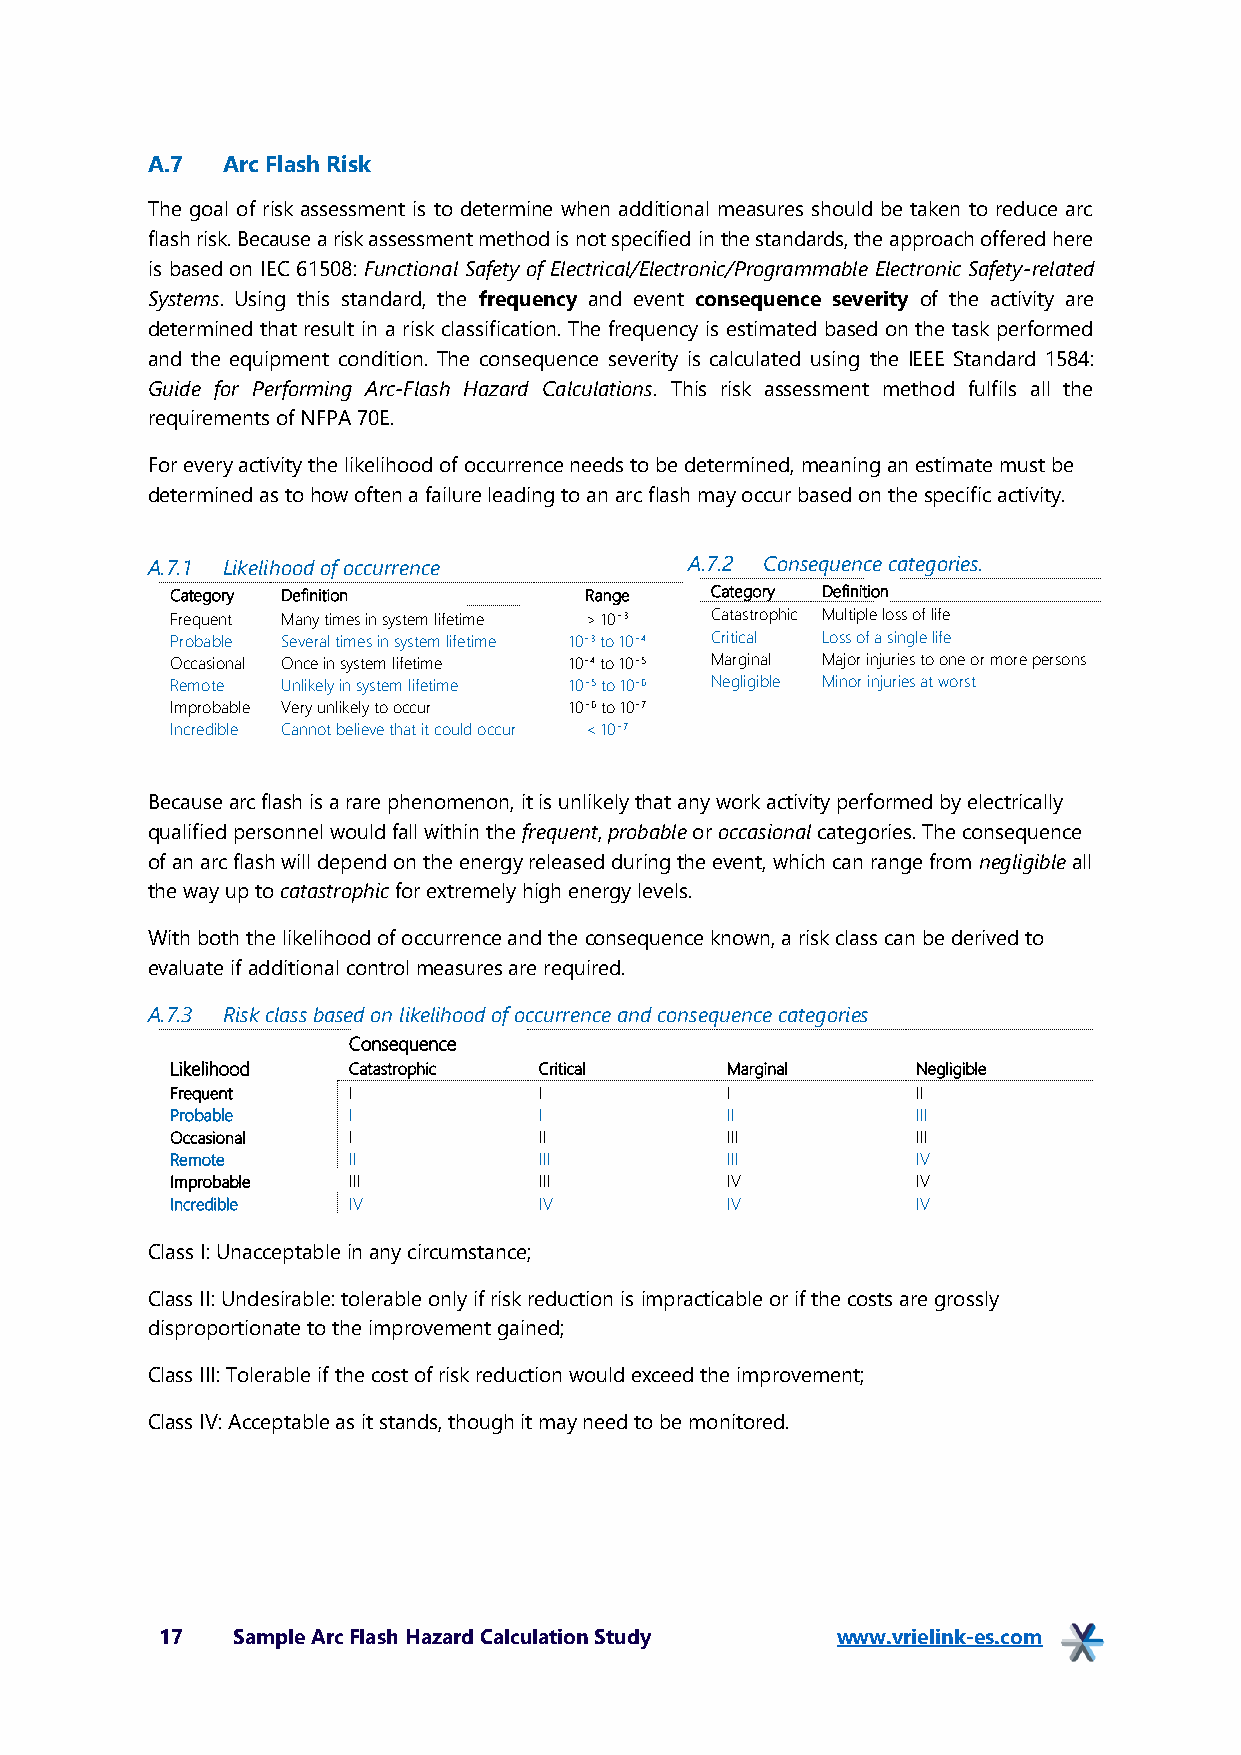
A.7  Arc Flash Risk
 The goal of risk assessment is to determine when additional measures should be taken to reduce arc
 flash risk. Because a risk assessment method is not specified in the standards, the approach offered here
 is based on IEC 61508: Functional Safety of Electrical/Electronic/Programmable Electronic Safety-related
 Systems. Using this standard, the frequency and event consequence severity of the activity are
 determined that result in a risk classification. The frequency is estimated based on the task performed
 and the equipment condition. The consequence severity is calculated using the IEEE Standard 1584:
 Guide for Performing Arc-Flash Hazard Calculations. This risk assessment method fulfils all the
 requirements of NFPA 70E.
 For every activity the likelihood of occurrence needs to be determined, meaning an estimate must be
 determined as to how often a failure leading to an arc flash may occur based on the specific activity.
 A.7.1 Likelihood of occurrence      A.7.2 Consequence categories.
 Category Definition         Range   Category Definition
 Frequent Many times in system lifetime > 10−3 Catastrophic Multiple loss of life
 Probable Several times in system lifetime 10−3 to 10−4 Critical Loss of a single life
 Occasional Once in system lifetime 10−4 to 10−5 Marginal Major injuries to one or more persons
 Remote  Unlikely in system lifetime 10−5 to 10−6 Negligible Minor injuries at worst
 Improbable Very unlikely to occur 10−6 to 10−7
 Incredible Cannot believe that it could occur < 10−7
 Because arc flash is a rare phenomenon, it is unlikely that any work activity performed by electrically
 qualified personnel would fall within the frequent, probable or occasional categories. The consequence
 of an arc flash will depend on the energy released during the event, which can range from negligible all
 the way up to catastrophic for extremely high energy levels.
 With both the likelihood of occurrence and the consequence known, a risk class can be derived to
 evaluate if additional control measures are required.
 A.7.3 Risk class based on likelihood of occurrence and consequence categories
 Consequence
 Likelihood  Catastrophic Critical    Marginal     Negligible
 Frequent    I            I           I            II
 Probable    I            I           II           III
 Occasional  I            II          III          III
 Remote      II           III         III          IV
 Improbable  III          III         IV           IV
 Incredible  IV           IV          IV           IV
 Class I: Unacceptable in any circumstance;
 Class II: Undesirable: tolerable only if risk reduction is impracticable or if the costs are grossly
 disproportionate to the improvement gained;
 Class III: Tolerable if the cost of risk reduction would exceed the improvement;
 Class IV: Acceptable as it stands, though it may need to be monitored.
 17  Sample Arc Flash Hazard Calculation Study www.vrielink-es.com